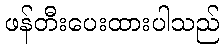
ဖန်တီးပေးထားပါသည်